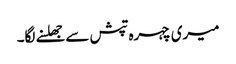
میری چہرہ تپش سے جھلسنے لگا۔